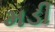
મડી